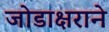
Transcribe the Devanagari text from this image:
जोडाक्षराने